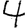
Digit: 4